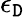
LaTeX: \epsilon_{\mathtt{D}}